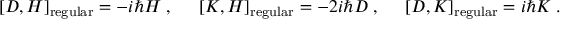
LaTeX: [ D , H ] _ { \mathrm { r e g u l a r } } = - i \hbar H \; , \; \; \; \; \; [ K , H ] _ { \mathrm { r e g u l a r } } = - 2 i \hbar D \; , \; \; \; \; \; [ D , K ] _ { \mathrm { r e g u l a r } } = i \hbar K \; .